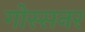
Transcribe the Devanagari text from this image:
गोस्सनर